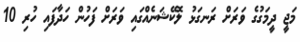
މަޖީ ދީމަގުގެ ވަރަށް ރަނގަޅު ލޮކޭޝަނެއްގައި ވަރަށް ފަހުން ހަދާފައި ހުރި 10